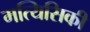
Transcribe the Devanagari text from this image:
मत्यिसिकी